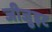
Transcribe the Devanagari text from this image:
जीजु़इट